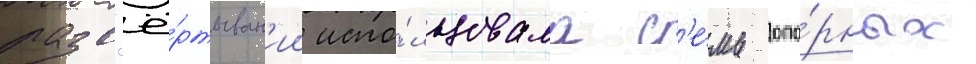
разв'ё́ртыван'ии испо́льзовала с'е́мь опо́рных